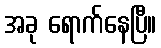
အခု ရောက်နေပြီ။